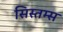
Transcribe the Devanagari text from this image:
सिस्तम्स